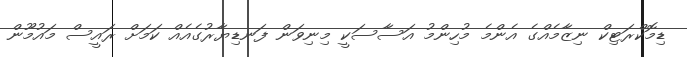
ޑިމޮކްރަޓިކް ނިޒާމެއްގެ އެންމެ މުހިންމު އަސާސަކީ މިނިވަން ފަނޑިޔާރުގެއެއް ކަމަށް ރައީސް މައުމޫން